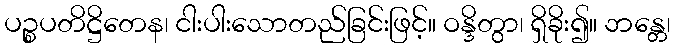
ပဉ္စပတိဋ္ဌိတေန၊ ငါးပါးသောတည်ခြင်းဖြင့်။ ဝန္ဒိတွာ၊ ရှိခိုး၍။ ဘန္တေ၊